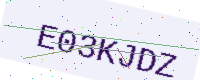
Text: E03KJDZ